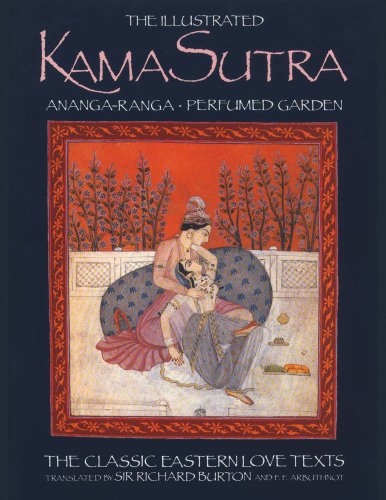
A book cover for The Illustrated Kama Sutra : Ananga-Ranga and Perfumed Garden - The Classic Eastern Love Texts; Religion & Spirituality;